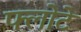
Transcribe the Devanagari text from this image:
फ्लोटे